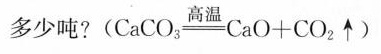
多少吨?$$( C a C O _ { 3 } \xlongequal { 高 温 } C a O + C O _ { 2 } \uparrow )$$